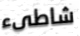
شاطىء